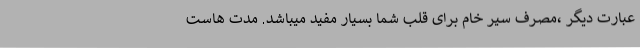
عبارت دیگر ،مصرف سیر خام برای قلب شما بسیار مفید میباشد. مدت هاست